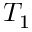
T _ { 1 }